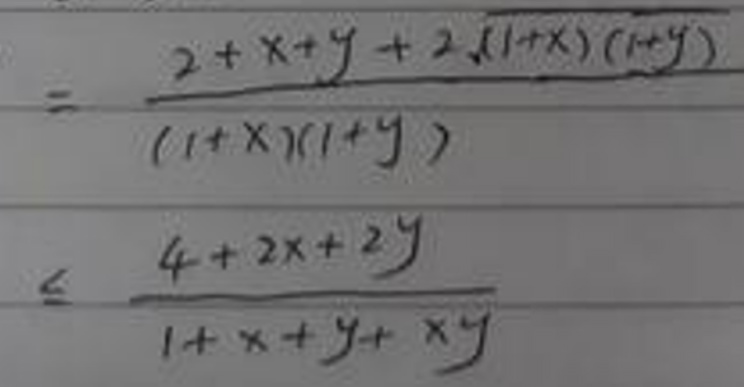
\[
\begin{align*}
&=\frac{2 + x + y+2\sqrt{(1 + x)(1 + y)}}{(1 + x)(1 + y)}\\
&\leq\frac{4 + 2x + 2y}{1 + x + y+xy}
\end{align*}
\]